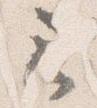
云